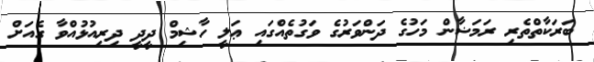
ބަރަކާތްތެރި ރަމަޟާން މަހުގެ ދަންވަރުގެ ވަގުތެއްގައި ޢަލީ ހާޝިމް ދީދީ ދިރިއުޅުއްވާ ގެއަށް